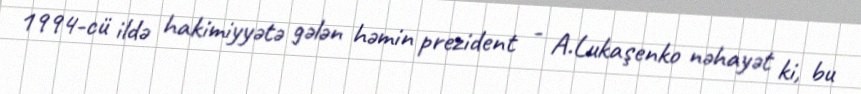
1994-cü ildə hakimiyyətə gələn həmin prezident - A.Lukaşenko nəhayət ki, bu